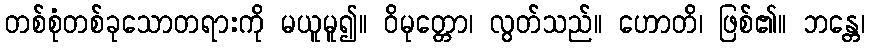
တစ်စုံတစ်ခုသောတရားကို မယူမူ၍။ ဝိမုတ္တော၊ လွတ်သည်။ ဟောတိ၊ ဖြစ်၏။ ဘန္တေ၊